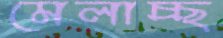
মেলাচ্ছ